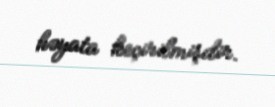
həyata keçirilmişdir.